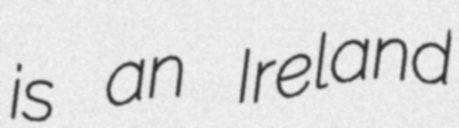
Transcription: is an Ireland